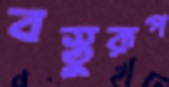
বস্তুরূপ